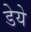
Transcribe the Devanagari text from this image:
डेये